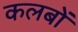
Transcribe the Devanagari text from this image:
कलबों